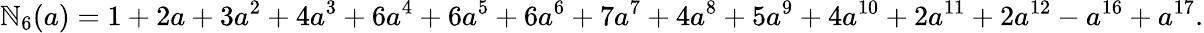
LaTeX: \mathbb{N}_{6}(a)=1+2a+3a^{2}+4a^{3}+6a^{4}+6a^{5}+6a^{6}+7a^{7}+4a^{8}+5a^{9}+4a^{10}+2a^{11}+2a^{12}-a^{16}+a^{17}.